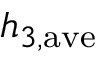
h _ { 3 , \mathrm { a v e } }